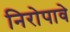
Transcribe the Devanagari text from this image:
निरोपावे